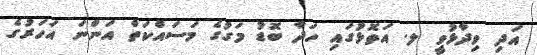
އަދި ވިދާޅުވީ ލ. އަތޮޅުގައި ހަދާ ބޮޑު މަގުގެ މަސައްކަތް އަންނަ އަހަރުގެ